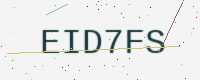
Text: EID7FS